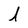
Character: l